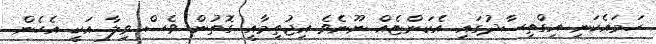
ހަމައެކަނި އިގްތިސާދުގައި އެކަންޏެއް ނޫނެވެ އިޖުތިމާއީ ގޮތުން ވެސް ވިލާ އަކީ އެހެން